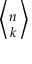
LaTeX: \textstyle \left\langle { n \atop k } \right\rangle